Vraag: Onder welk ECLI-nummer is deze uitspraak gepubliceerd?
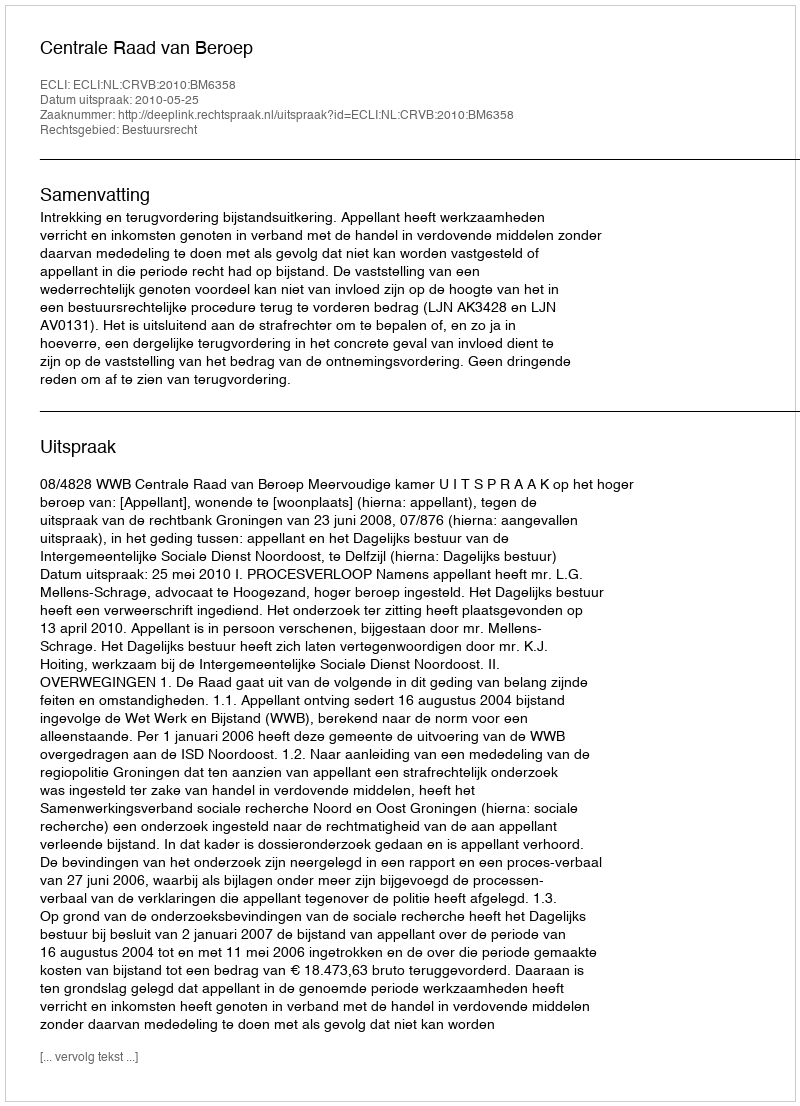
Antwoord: ECLI:NL:CRVB:2010:BM6358